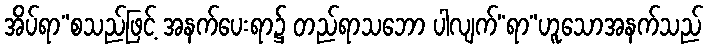
အိပ်ရာ”စသည်ဖြင့် အနက်ပေးရာ၌ တည်ရာသဘော ပါလျက်“ရာ”ဟူသောအနက်သည်